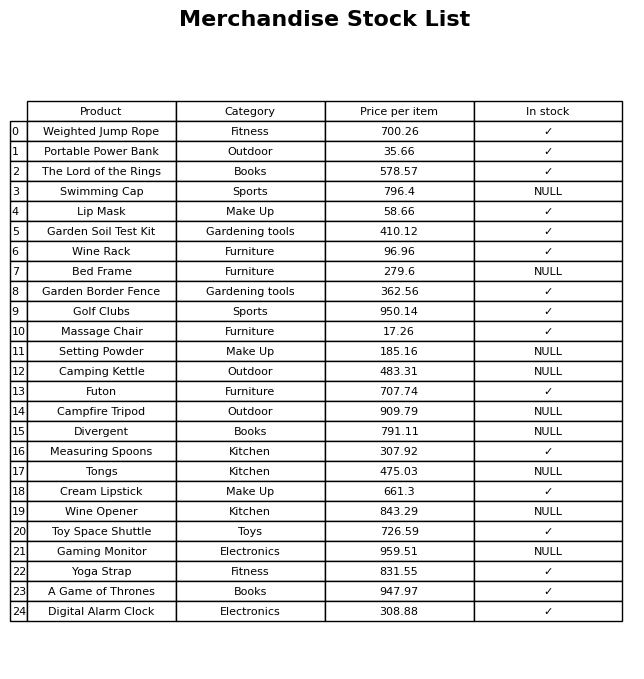
question: What is the price of the Garden Soil Test Kit?
answer: The price of Garden Soil Test Kit is 410.12.